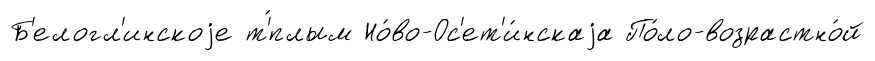
Б'елогл'инскоjе т'́плым Но́во-Ос'ет'и́нскаjа По́ло-возрастно́й